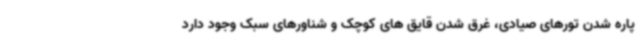
پاره شدن تورهای صیادی، غرق شدن قایق های کوچک و شناورهای سبک وجود دارد